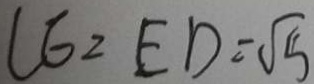
C E = E D = \sqrt { 5 }